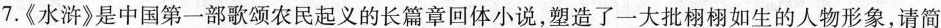
7.《水浒》是中国第一部歌颂农民起义的长篇章回体小说，塑造了一大批栩栩如生的人物形象，请简